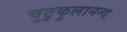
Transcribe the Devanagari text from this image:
चुटुकुलानन्द